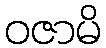
ဝဇာမိ